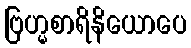
ဗြဟ္မစာရိနိယောပေ